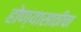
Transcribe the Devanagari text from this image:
होण्यासाठीचा